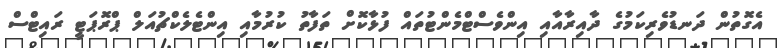
އެގޮތުން ދަނޑުވެރިކަމުގެ ދާއިރާއާއި އިންވެސްޓްމެންޓުތައް ފުޅާކޮށް ތަފާތު ކުރުމާއި އިންޓެލެކްޗުއަލް ޕްރޮޕަޓީ ރައިޓްސް